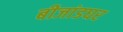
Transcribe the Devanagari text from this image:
बीजांडघर